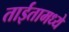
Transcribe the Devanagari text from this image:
ताईतामध्ये